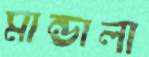
মান্ডালা